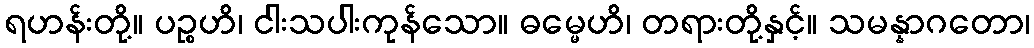
ရဟန်းတို့။ ပဉ္စဟိ၊ ငါးသပါးကုန်သော။ ဓမ္မေဟိ၊ တရားတို့နှင့်။ သမန္နာဂတော၊